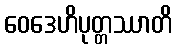
ဝေဒေဟိပုတ္တဿာတိ